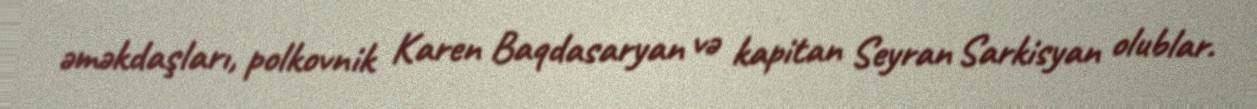
əməkdaşları, polkovnik Karen Baqdasaryan və kapitan Seyran Sarkisyan olublar.